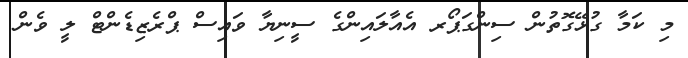
މި ކަމާ ގުޅޭގޮތުން ސިންގަޕޯރ އެއާލައިންގެ ސީނިޔާ ވައިސް ޕްރެޒިޑެންޓް ލީ ވެން